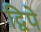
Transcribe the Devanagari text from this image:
द्विपे